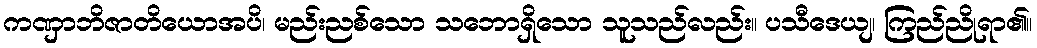
ကဏှာဘိဇာတိယောအပိ၊ မည်းညစ်သော သဘောရှိသော သူသည်လည်း။ ပသီဒေယျ၊ ကြည်ညိုရာ၏။